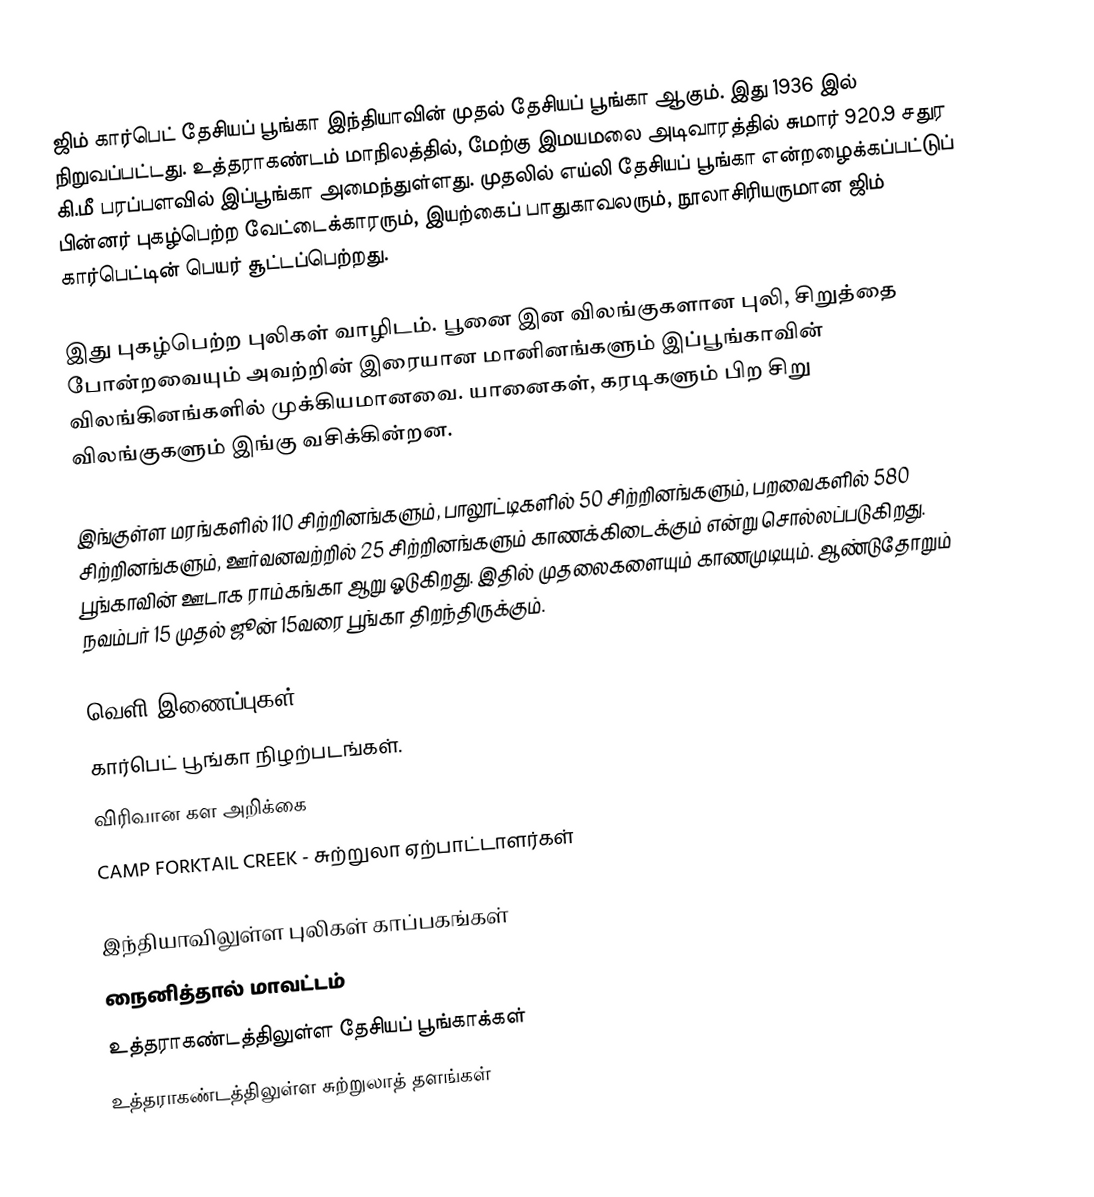
ஜிம் கார்பெட் தேசியப் பூங்கா இந்தியாவின் முதல் தேசியப் பூங்கா ஆகும். இது 1936 இல் நிறுவப்பட்டது. உத்தராகண்டம் மாநிலத்தில், மேற்கு இமயமலை அடிவாரத்தில் சுமார் 920.9 சதுர கி.மீ பரப்பளவில் இப்பூங்கா அமைந்துள்ளது. முதலில் எய்லி தேசியப் பூங்கா என்றழைக்கப்பட்டுப் பின்னர் புகழ்பெற்ற வேட்டைக்காரரும், இயற்கைப் பாதுகாவலரும், நூலாசிரியருமான ஜிம் கார்பெட்டின் பெயர் சூட்டப்பெற்றது.

இது புகழ்பெற்ற புலிகள் வாழிடம். பூனை இன விலங்குகளான புலி, சிறுத்தை போன்றவையும் அவற்றின் இரையான மானினங்களும் இப்பூங்காவின் விலங்கினங்களில் முக்கியமானவை. யானைகள், கரடிகளும் பிற சிறு விலங்குகளும் இங்கு வசிக்கின்றன.

இங்குள்ள மரங்களில் 110 சிற்றினங்களும், பாலூட்டிகளில் 50 சிற்றினங்களும், பறவைகளில் 580 சிற்றினங்களும், ஊர்வனவற்றில் 25 சிற்றினங்களும் காணக்கிடைக்கும் என்று சொல்லப்படுகிறது. பூங்காவின் ஊடாக ராம்கங்கா ஆறு ஓடுகிறது. இதில் முதலைகளையும் காணமுடியும். ஆண்டுதோறும் நவம்பர் 15 முதல் ஜூன் 15வரை பூங்கா திறந்திருக்கும்.

வெளி இணைப்புகள்
 கார்பெட் பூங்கா நிழற்படங்கள்.
 விரிவான கள அறிக்கை
 CAMP FORKTAIL CREEK - சுற்றுலா ஏற்பாட்டாளர்கள்

இந்தியாவிலுள்ள புலிகள் காப்பகங்கள்
நைனித்தால் மாவட்டம்
உத்தராகண்டத்திலுள்ள தேசியப் பூங்காக்கள்
உத்தராகண்டத்திலுள்ள சுற்றுலாத் தளங்கள்